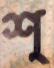
শ্